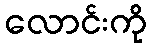
လောင်းကို